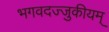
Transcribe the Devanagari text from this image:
भगवदज्जुकीयम्‌